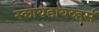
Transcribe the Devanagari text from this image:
स्कायडायव्हर्स